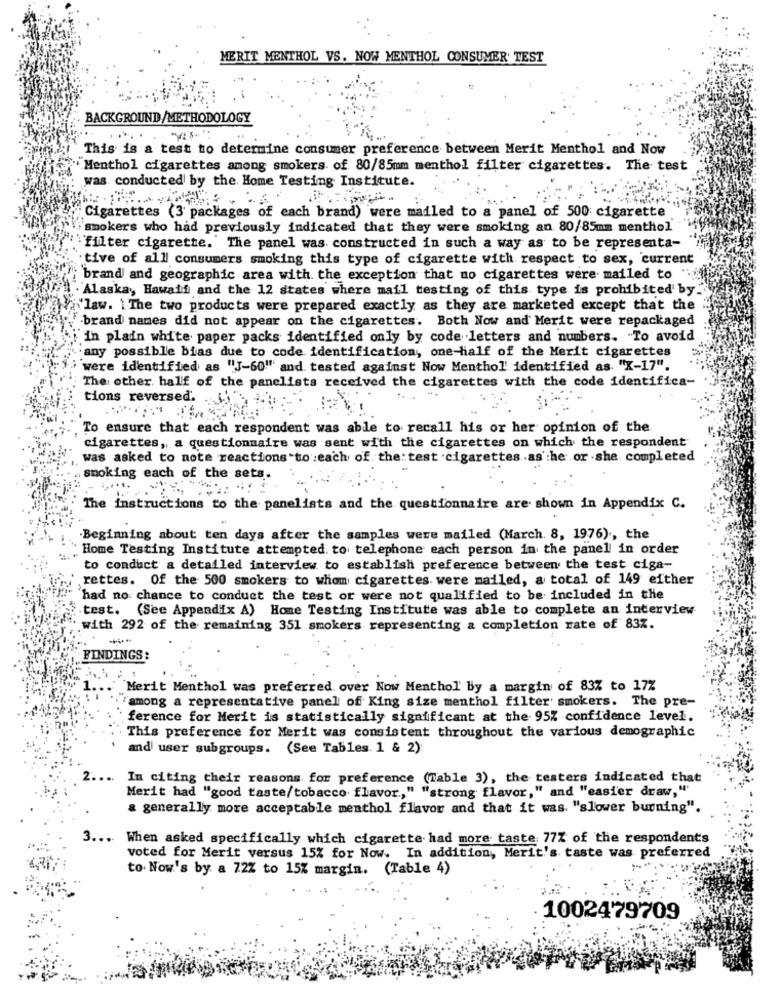
MERIT MENTHOL VS. NOW MENTHOL CONSUMER' TEST
BACKGROUND/METHODOLOGY
This is a test to determine consumer preference between Merit Menthol and Now
"Menthol cigarettes among smokers. of 80/85mm menthol filter cigarettes. The test
was conducted by the Home Testing Institute.
Cigarettes (3' packages of each brand) were mailed to a panel of 500 cigarette
smokers who had previously indicated that they were smoking an 80/85mm menthol
"filter cigarette. The panel was constructed in such a way as to be representa-
.tive of all consumers smoking this type of cigarette with respect to sex, current
brand and geographic area with the exception that no cigarettes were mailed to
Alaska, Hawaii and the 12 states where mail testing of this type is prohibited' by.
'law. \ The two products were prepared exactly as they are marketed except that the
brand names did not appear on the cigarettes. Both Now and Merit were repackaged
in plain white paper packs identified only by code letters and numbers. "To avoid
any possible bias due to code identification, one-half of the Merit cigarettes
were identified as "J-60" and tested against Now Menthol identified as "X-17".
The other half of the panelists received the cigarettes with the code identifica-
tions reversed.
To ensure that each respondent was able to recall his or her opinion of the
cigarettes ,, a questionnaire was sent with the cigarettes on which the respondent
was asked to note reactions to each of the: test cigarettes .as he or she. completed
smoking each of the sets.
The instructions to the panelists and the questionnaire are shown in Appendix C.
Beginning about ten days after the samples were mailed (March. 8, 1976), the
Home Testing Institute attempted to telephone each person in the panel in order
to conduct a detailed interview to establish preference between the test ciga-
rettes. Of the 500 smokers to whom cigarettes were mailed, a total of 149 either
had no chance to conduct the test or were not qualified to be included in the
test. (See Appendix A) Home Testing Institute was able to complete an interview
with 292 of the remaining 351 smokers representing a completion rate of 83%.
FINDINGS:
......
Merit Menthol was preferred. over Now Menthol by a margin of 83% to 17%
"among a representative panel of King size menthol filter smokers. The pre-
ference for Merit is statistically significant at the 95% confidence level.
. This preference for Merit was consistent throughout the various demographic
' and user subgroups. (See Tables. 1 & 2)
...
In citing their reasons for preference (Table 3), the testers indicated that
Merit had "good taste/tobacco flavor," "strong flavor," and "easier draw,"
& generally more acceptable menthol flavor and that it was. "slower burning".
3 ...
When asked specifically which cigarette had more taste 77% of the respondents
voted for Merit versus 15% for Now. In addition, Merit's taste was preferred
to. Now's by a 72% to 15% margin. (Table 4)
1002479709